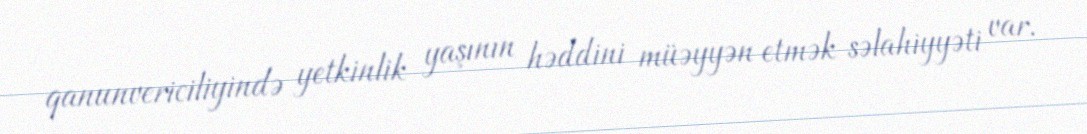
qanunvericiliyində yetkinlik yaşının həddini müəyyən etmək səlahiyyəti var.